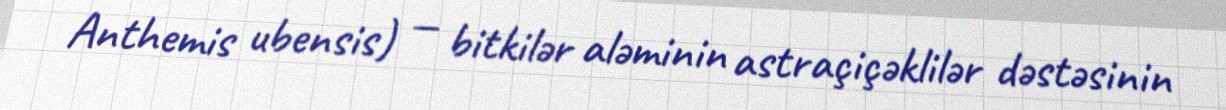
Anthemis ubensis) — bitkilər aləminin astraçiçəklilər dəstəsinin